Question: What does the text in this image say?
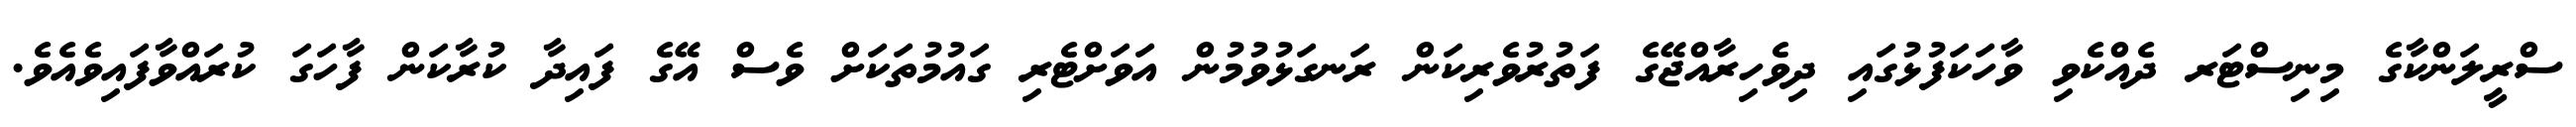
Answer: ސްރީލަންކާގެ މިނިސްޓަރ ދެއްކެވި ވާހަކަފުޅުގައި ދިވެހިރާއްޖޭގެ ފަތުރުވެރިކަން ރަނގަޅުވުމުން އަވަށްޓެރި ގައުމުތަކަށް ވެސް އޭގެ ފައިދާ ކުރާކަން ފާހަގަ ކުރައްވާފައިވެއެވެ.